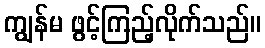
ကျွန်မ ဖွင့်ကြည့်လိုက်သည်။